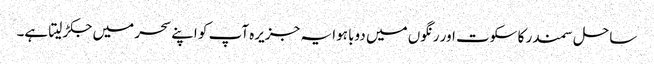
ساحل سمندر کا سکوت اور رنگوں میں دوبا ہوا یہ جزیرہ آپ کو اپنے سحر میں جکڑ لیتا ہے۔